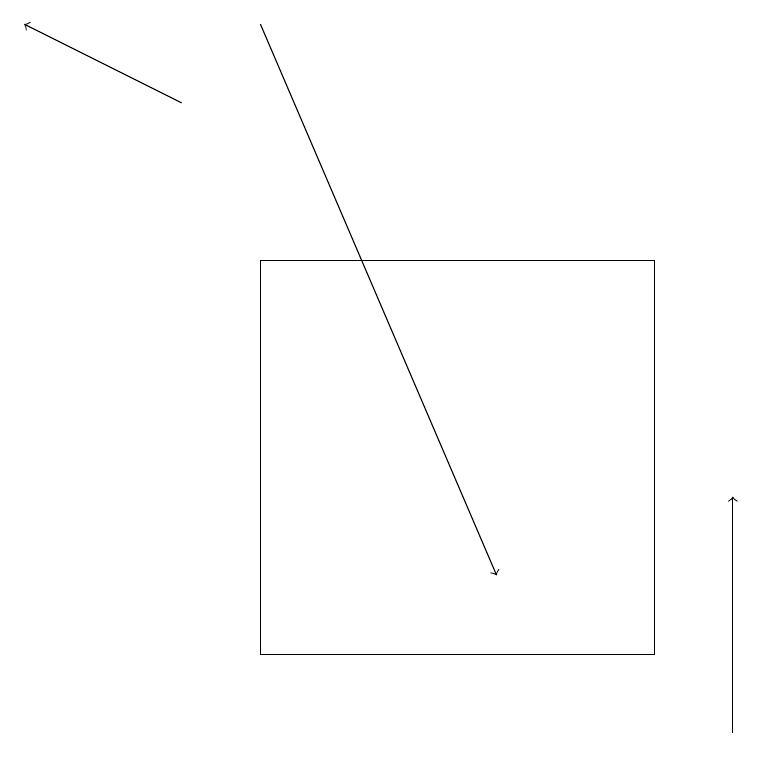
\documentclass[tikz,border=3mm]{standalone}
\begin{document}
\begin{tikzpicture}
\draw[->] (3,19) -- (6,12);
\draw (8,11) rectangle (3,16);
\draw[->] (9,10) -- (9,13);
\draw[->] (2,18) -- (0,19);
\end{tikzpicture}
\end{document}